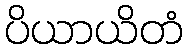
ပိယာယိတံ